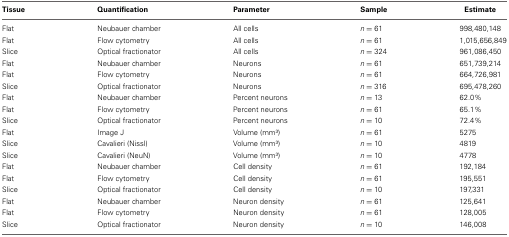
<table><thead><tr><td><b>Tissue</b></td><td><b>Quantification</b></td><td><b>Parameter</b></td><td><b>Sample</b></td><td><b>Estimate</b></td></tr></thead><tbody><tr><td>Flat</td><td>Neubauer chamber</td><td>All cells</td><td><i>n</i> = 61</td><td>998,480,148</td></tr><tr><td>Flat</td><td>Flow cytometry</td><td>All cells</td><td><i>n</i> = 61</td><td>1,015,656,849</td></tr><tr><td>Slice</td><td>Optical fractionator</td><td>All cells</td><td><i>n</i> = 324</td><td>961,086,450</td></tr><tr><td>Flat</td><td>Neubauer chamber</td><td>Neurons</td><td><i>n</i> = 61</td><td>651,739,214</td></tr><tr><td>Flat</td><td>Flow cytometry</td><td>Neurons</td><td><i>n</i> = 61</td><td>664,726,981</td></tr><tr><td>Slice</td><td>Optical fractionator</td><td>Neurons</td><td><i>n</i> = 316</td><td>695,478,260</td></tr><tr><td>Flat</td><td>Neubauer chamber</td><td>Percent neurons</td><td><i>n</i> = 13</td><td>62.0%</td></tr><tr><td>Flat</td><td>Flow cytometry</td><td>Percent neurons</td><td><i>n</i> = 61</td><td>65.1%</td></tr><tr><td>Slice</td><td>Optical fractionator</td><td>Percent neurons</td><td><i>n</i> = 10</td><td>72.4%</td></tr><tr><td>Flat</td><td>Image J</td><td>Volume (mm<sup>3</sup>)</td><td><i>n</i> = 61</td><td>5275</td></tr><tr><td>Slice</td><td>Cavalieri (Nissl)</td><td>Volume (mm<sup>3</sup>)</td><td><i>n</i> = 10</td><td>4819</td></tr><tr><td>Slice</td><td>Cavalieri (NeuN)</td><td>Volume (mm<sup>3</sup>)</td><td><i>n</i> = 10</td><td>4778</td></tr><tr><td>Flat</td><td>Neubauer chamber</td><td>Cell density</td><td><i>n</i> = 61</td><td>192,184</td></tr><tr><td>Flat</td><td>Flow cytometry</td><td>Cell density</td><td><i>n</i> = 61</td><td>195,551</td></tr><tr><td>Slice</td><td>Optical fractionator</td><td>Cell density</td><td><i>n</i> = 10</td><td>197,331</td></tr><tr><td>Flat</td><td>Neubauer chamber</td><td>Neuron density</td><td><i>n</i> = 61</td><td>125,641</td></tr><tr><td>Flat</td><td>Flow cytometry</td><td>Neuron density</td><td><i>n</i> = 61</td><td>128,005</td></tr><tr><td>Slice</td><td>Optical fractionator</td><td>Neuron density</td><td><i>n</i> = 10</td><td>146,008</td></tr></tbody></table>